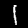
Digit: 1